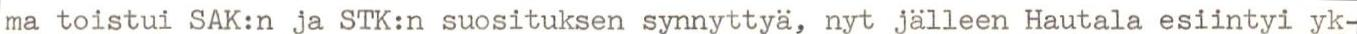
ma toistui SAK:n ja STK:n suosituksen synnyttyä, nyt jälleen Hautala esiintyi yk-